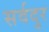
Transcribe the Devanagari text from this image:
सर्वदुर